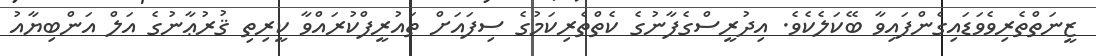
ޒީނަތްތެރިވެވަޑައިގެންފައިވާ ބޭކަލެކެވެ. އިދުރީސްގެފާނުގެ ކެތްތެރިކަމުގެ ސިފައަށް ތައުރީފްކުރައްވާ ކީރިތި ޤުރުޢާނުގެ އަލް އަންބިޔާއު